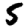
Digit: 5